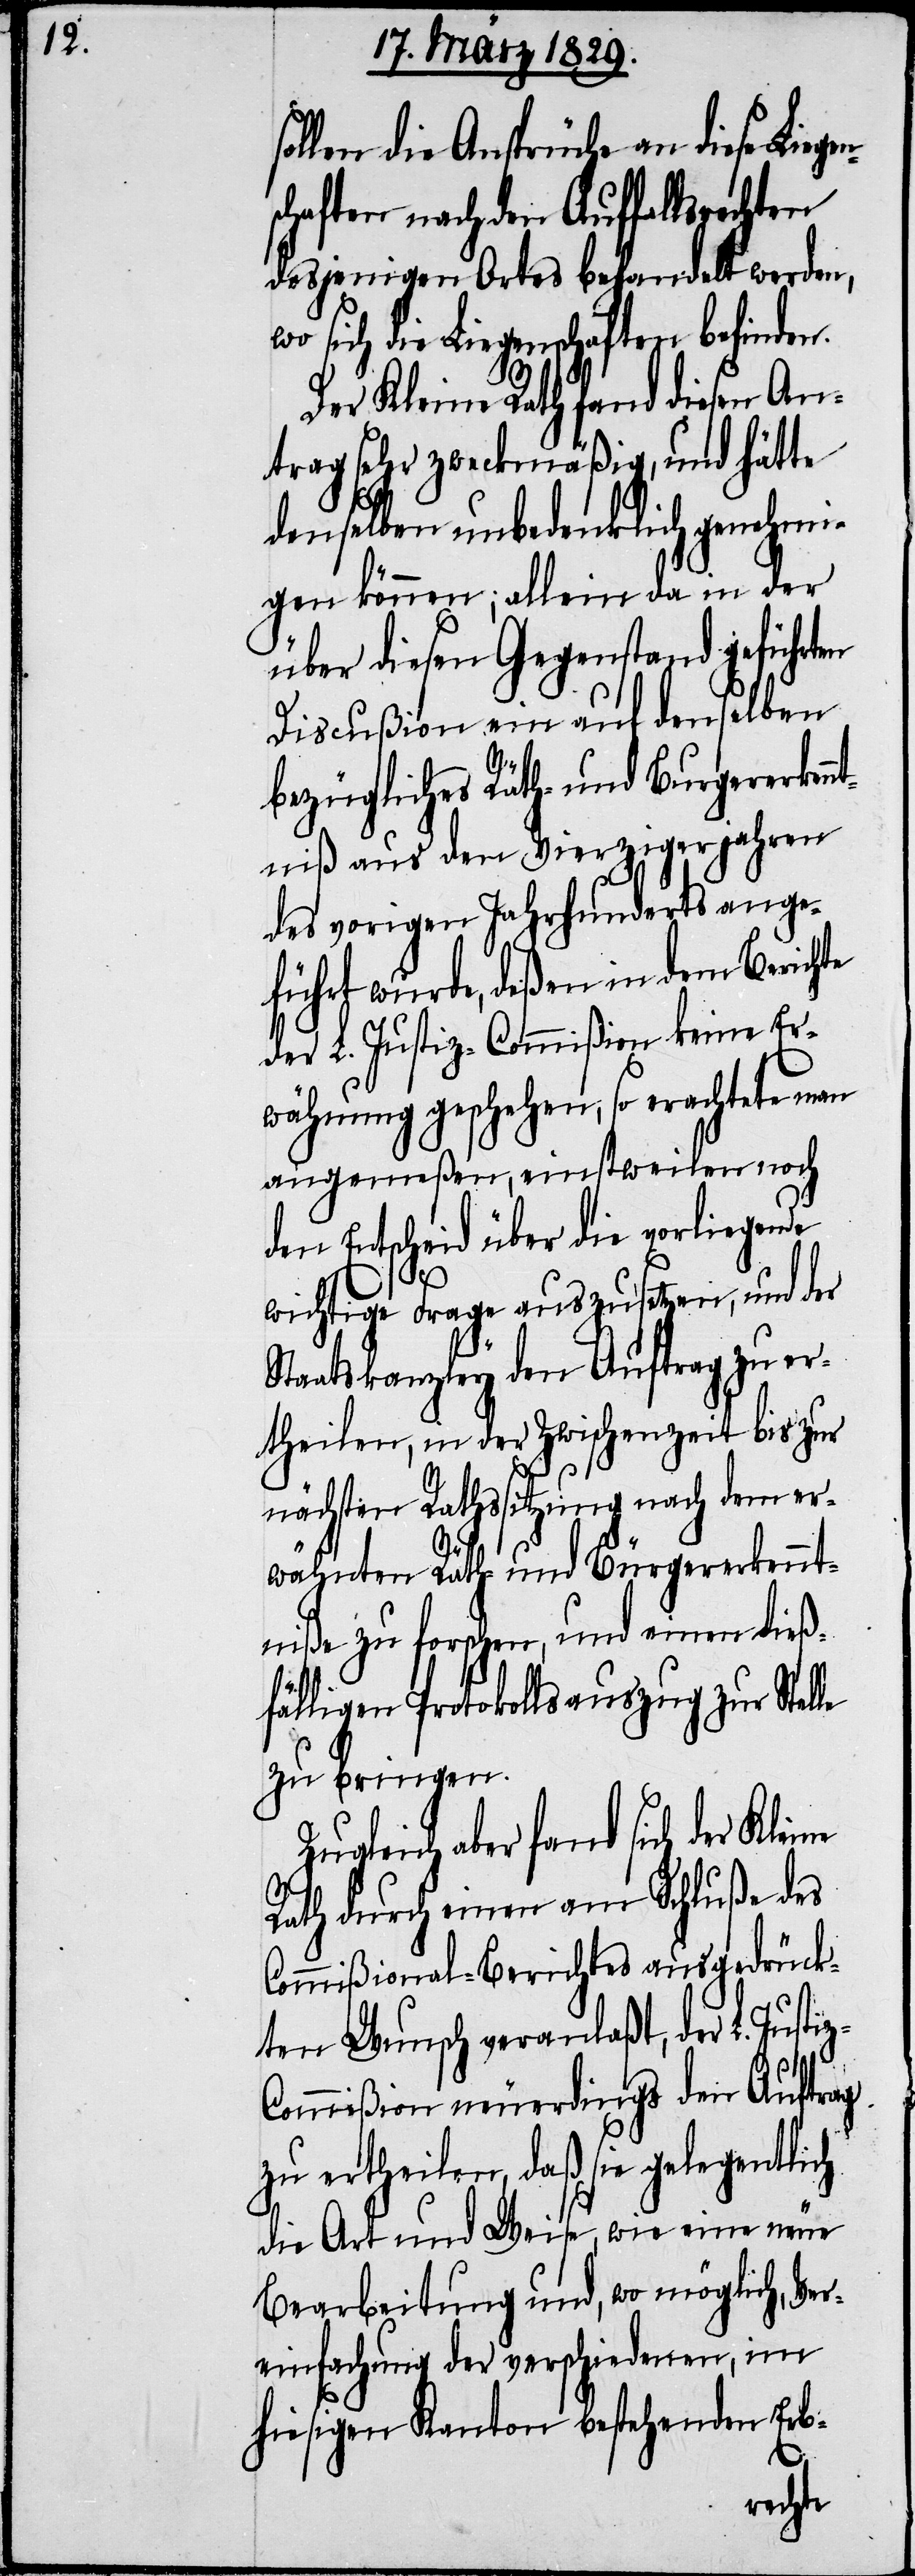
sollen die Ansprüche an diese Liege¬
schaften nach den Auffallsrechten
desjenigen Ortes behandelt werden,
wo sich die Liegenschaften befinden.
Der Kleine Rath fand diesen An¬
trag sehr zweckmäßig, und hätte
denselben unbedenklich genehmi¬
gen können; allein da in der
über diesen Gegenstand geführten
Discußion ein auf denselben
n¬
bezügliches Räth- und Burgererkenn¬
tniß aus den Vierzigerjahren
des vorigen Jahrhunderts ange¬
führt wurde, deßen in dem Berichte
der L. Justiz-Commißion keine Er¬
wähnung geschehen, so erachtete man
angemeßen, einstweilen noch
den Entscheid über die vorliegende
wichtige Frage auszusetzen, und der
Staatskanzley den Auftrag zu er¬
theilen, in der Zwischenzeit bis zur
nächsten Rathssitzung nach dem er¬
le
wähnten Räth- und Bürgererkennt¬
niße zu forschen, und einen dieß¬
fälligen Protokollsauszug zur Stel¬
zu bringen.
Zugleich aber fand sich der Kleine
Rath durch einen am Schluße des
Commißional-Berichtes ausgedrück¬
ten Wunsch veranlaßt, der L. Jus¬
ommißion neuerdings den Auftrag
zu ertheilen, daß sie gelegentlich
die Art und Weise, wie eine neue
Bearbeitung und, wo möglich, Ver¬
einfachung der verschiedenen, im
hiesigen Kanton bestehenden Erb-
tiz-C¬